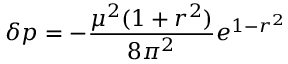
\delta p = - \frac { \mu ^ { 2 } ( 1 + r ^ { 2 } ) } { 8 \pi ^ { 2 } } e ^ { 1 - r ^ { 2 } }